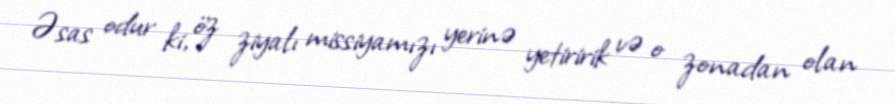
Əsas odur ki, öz ziyalı missiyamızı yerinə yetiririk və o zonadan olan